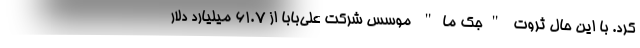
کرد. با این حال ثروت "جک ‌ما" موسس شرکت علی‌بابا از 61.7 میلیارد دلار